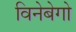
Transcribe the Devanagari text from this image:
विनेबेगो